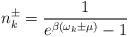
\begin{align*}n_k^{\pm}=\frac{1}{e^{\beta(\omega_k\pm\mu)}-1}\end{align*}